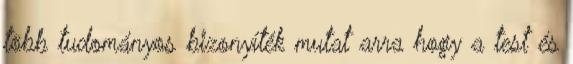
több tudományos bizonyíték mutat arra hogy a test és